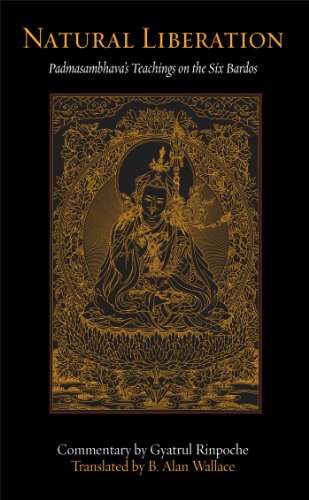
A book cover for Natural Liberation: Padmasambhava's Teachings on the Six Bardos; Padmasambhava; Religion & Spirituality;